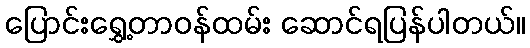
ပြောင်းရွှေ့တာဝန်ထမ်း ဆောင်ရပြန်ပါတယ်။